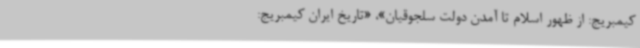
کیمبریج: از ظهور اسلام تا آمدن دولت سلجوقیان»، «تاریخ ایران کیمبریج: